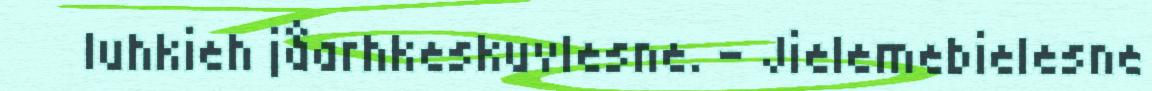
luhkieh jåarhkeskuvlesne. – Jielemebielesne